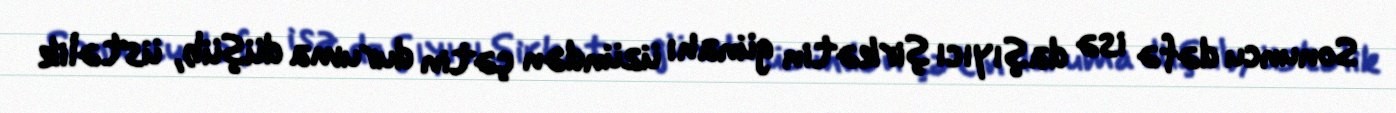
Sonuncu dəfə isə daşıyıcı şirkətin günahı üzündən çətin duruma düşüb, üstəlik